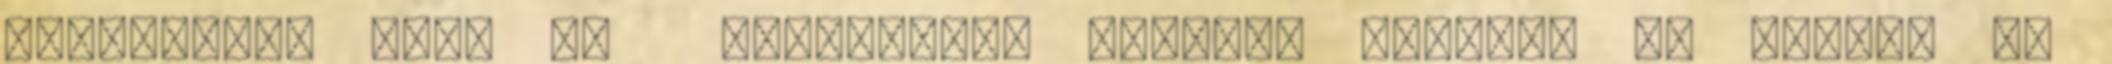
tuningosok mint én túlméretes kereket tesznek ne nyalja el